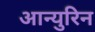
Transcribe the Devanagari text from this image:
आन्युरिन